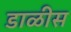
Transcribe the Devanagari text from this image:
डाळीस